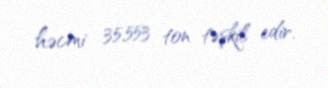
həcmi 35,553 ton təşkil edir.